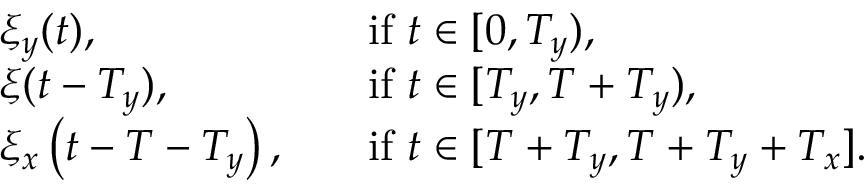
\begin{array} { r l r l } & { \xi _ { y } ( t ) , } & & { \mathrm { i f ~ } t \in [ 0 , T _ { y } ) , } \\ & { \xi ( t - T _ { y } ) , } & & { \mathrm { i f ~ } t \in [ T _ { y } , T + T _ { y } ) , } \\ & { \xi _ { x } \left( t - T - T _ { y } \right) , } & & { \mathrm { i f ~ } t \in [ T + T _ { y } , T + T _ { y } + T _ { x } ] . } \end{array}